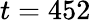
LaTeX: t=452